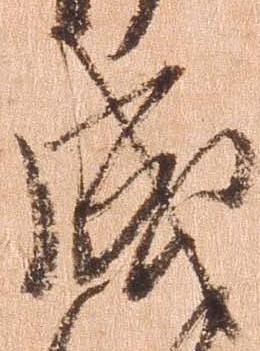
成